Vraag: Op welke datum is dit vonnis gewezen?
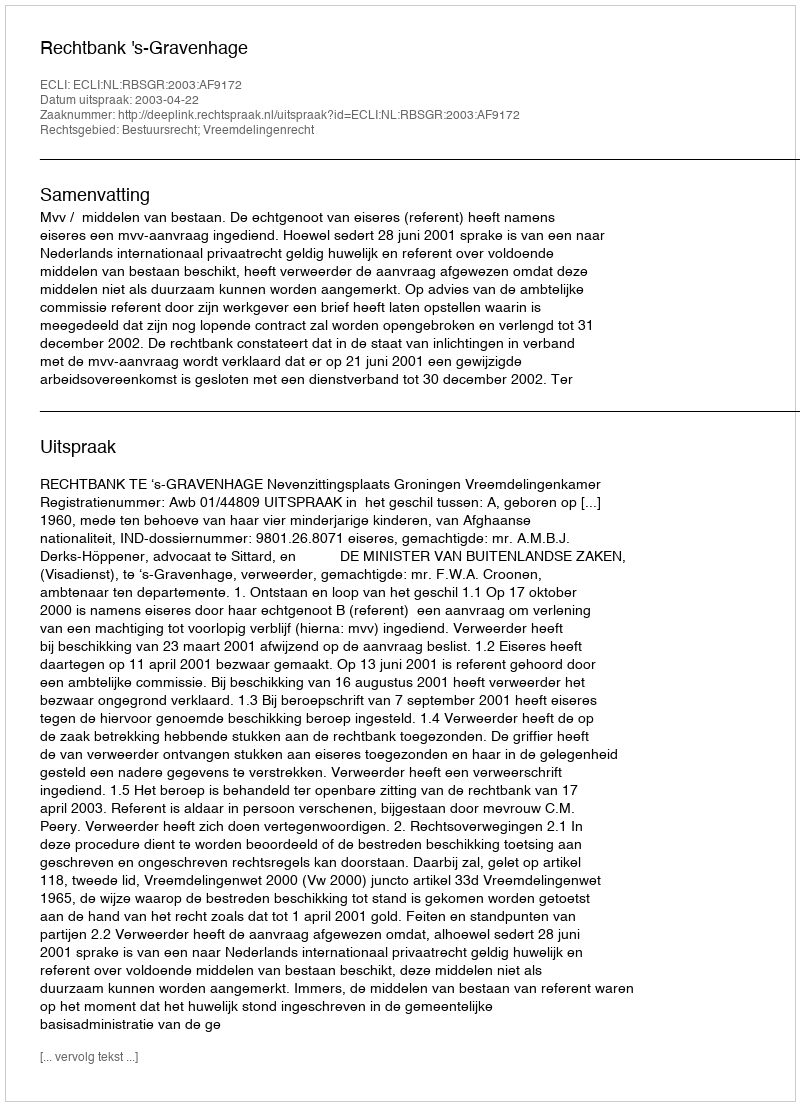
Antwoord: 2003-04-22